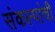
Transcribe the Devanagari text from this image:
संकल्पांची